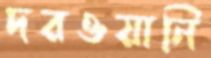
দরওয়ানি